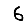
Digit: 6